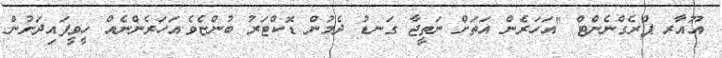
އޫއާރ ޕްރެގްނެންޓް "އަހަރެން އަތަށް ނަތީޖާ ގަނޑު ދެމުން ޑޮކްޓަރު ބުންޏެވެ.އަހަރެންނެއް ހީވީފައިދަށުން